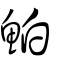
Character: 鮊